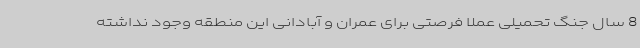
8 سال جنگ تحمیلی عملا فرصتی برای عمران و آبادانی این منطقه وجود نداشته